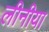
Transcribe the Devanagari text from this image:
लीनीया